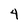
Character: 4